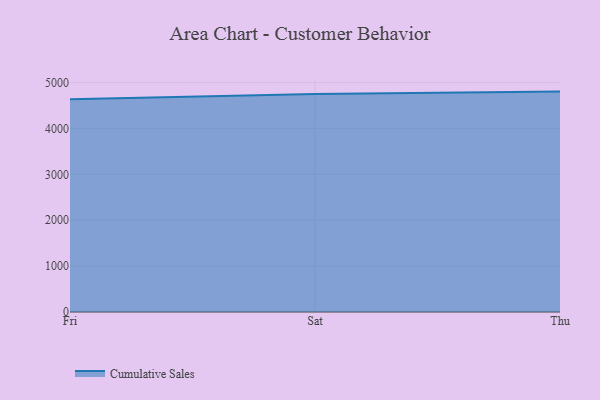
{"axis": {"x": "Day", "y": "Revenue (USD Million)"}, "legend": ["Cumulative Sales"], "data": [{"x": "Fri", "y": 4639.0, "type": "Cumulative Sales"}, {"x": "Sat", "y": 4749.1, "type": "Cumulative Sales"}, {"x": "Thu", "y": 4804.0, "type": "Cumulative Sales"}]}